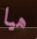
هيا